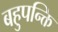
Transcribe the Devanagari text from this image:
बहुपन्क्ति